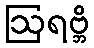
ဩရဗ္ဘိ